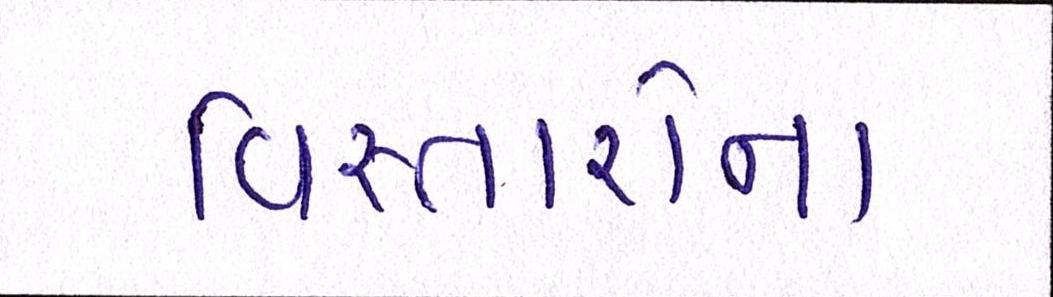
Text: વિસ્તારોના